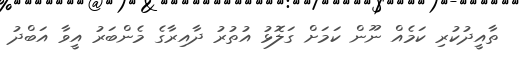
ތާއީދުކުރި ކަމެއް ނޫން ކަމަށް ގަލޮޅު އުތުރު ދާއިރާގެ މެންބަރު އީވާ އަބްދު